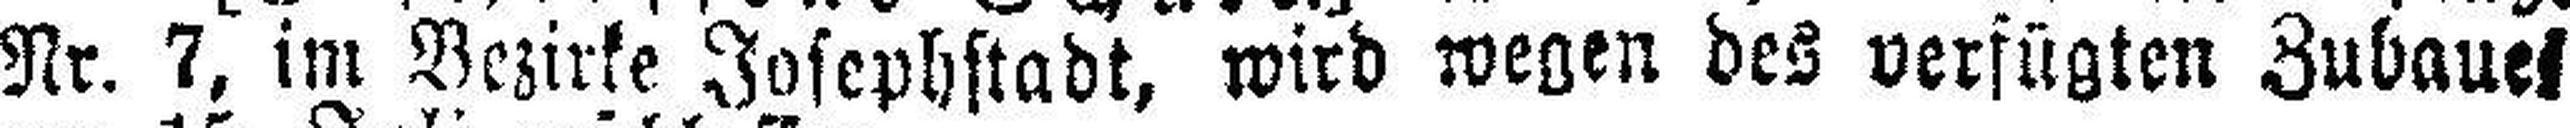
Nr. 7, im Bezirke Josephstadt, wird wegen des verfügten Zubauet